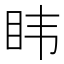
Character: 𮵆